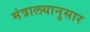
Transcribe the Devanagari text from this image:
मंत्रालयानुसार